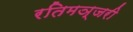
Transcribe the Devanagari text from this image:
रतिमञ्जरी